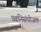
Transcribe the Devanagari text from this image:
ध्वनिसंयोजक